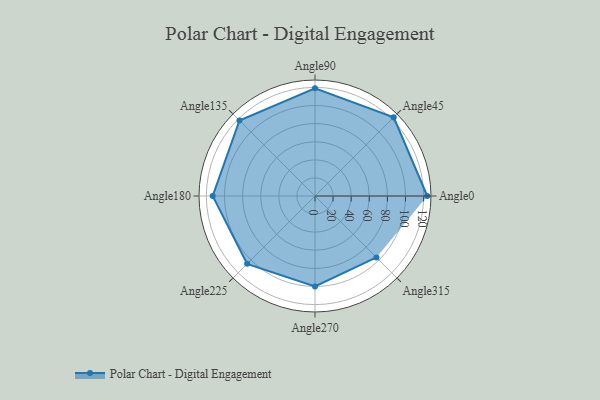
{"axis": {"x": "Angle", "y": "Radius"}, "legend": [""], "data": [{"x": "Angle0", "y": 124.0, "type": ""}, {"x": "Angle45", "y": 123.0, "type": ""}, {"x": "Angle90", "y": 119.0, "type": ""}, {"x": "Angle135", "y": 118.0, "type": ""}, {"x": "Angle180", "y": 113.0, "type": ""}, {"x": "Angle225", "y": 106.0, "type": ""}, {"x": "Angle270", "y": 100.0, "type": ""}, {"x": "Angle315", "y": 96.0, "type": ""}]}